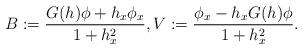
LaTeX: \begin{align*}B := \frac{G(h)\phi + h_x\phi_x}{1+h_x^2} , V :=\frac{\phi_x-h_xG(h)\phi}{1+h_x^2}.\end{align*}